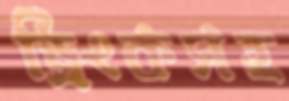
ড্রিংকসহ